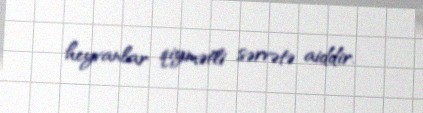
heyvanlar qiymətli sərvətə aiddir.